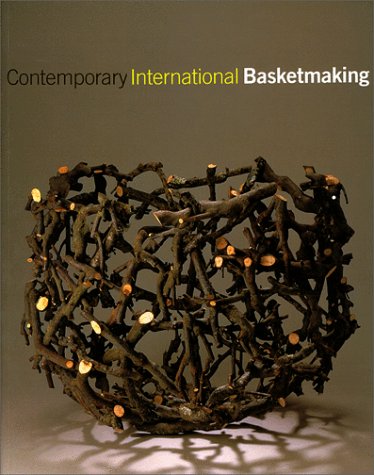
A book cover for Contemporary International Basketmaking; Mary Butcher; Crafts, Hobbies & Home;